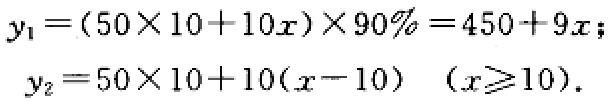
\[
\begin{align*}
y_1&=(50\times10 + 10x)\times90\%=450 + 9x;\\
y_2&=50\times10+10(x - 10)\quad(x\geq10).
\end{align*}
\]